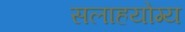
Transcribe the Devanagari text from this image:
सलाहयोग्य